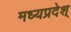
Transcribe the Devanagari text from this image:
मध्यप्रदेश्